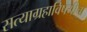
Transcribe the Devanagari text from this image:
सत्याग्रहाविषयीचा